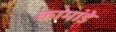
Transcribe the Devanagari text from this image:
कामांडे